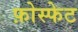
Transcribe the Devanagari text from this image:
फ़ोस्फेट